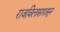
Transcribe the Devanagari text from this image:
राजविलासापासून